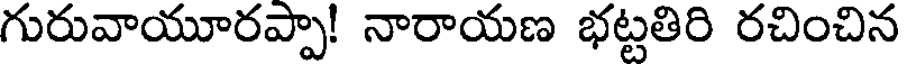
గురువాయూరప్పా! నారాయణ భట్టతిరి రచించిన